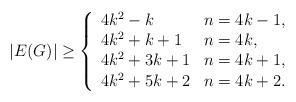
LaTeX: \begin{align*} |E(G)| \geq \left\{ \begin{array}{ll} 4k^2 - k & n =4k-1,\\ 4k^2 + k + 1 & n = 4k,\\ 4k^2 + 3k + 1 & n = 4k+1,\\ 4k^2 + 5k + 2 & n = 4k+2.\\ \end{array} \right.\end{align*}